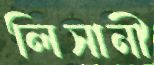
লিসানী